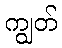
ကျွတ်